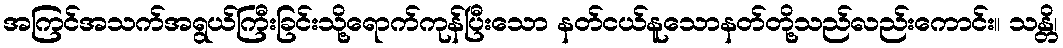
အကြင်အသက်အရွယ်ကြီးခြင်းသို့ရောက်ကုန်ပြီးသော နတ်ငယ်နူသောနတ်တို့သည်လည်းကောင်း။ သန္တိ၊